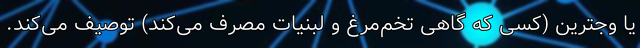
یا وجترین (کسی که گاهی تخم‌مرغ و لبنیات مصرف می‌کند) توصیف می‌کند.